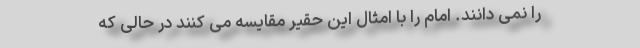
را نمی دانند. امام را با امثال این حقیر مقایسه می کنند در حالی که